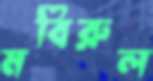
মবিরুল